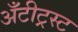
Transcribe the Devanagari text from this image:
अँटीट्रस्ट